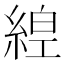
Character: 𦁻